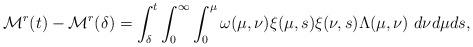
LaTeX: \begin{align*}\mathcal{M}^{r}(t)-\mathcal{M}^{r}(\delta)=\int_{\delta}^{t}\int_{0}^{\infty}\int_{0}^{\mu}\omega(\mu,\nu)\xi(\mu,s)\xi(\nu,s)\Lambda(\mu,\nu)\ d\nu d\mu ds,\end{align*}